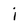
Character: i